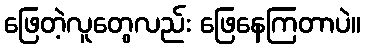
ဖြေတဲ့လူတွေလည်း ဖြေနေကြတာပဲ။